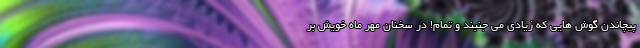
پیچاندن گوش هایی که زیادی می جنبند و تمام! در سخنان مهر ماه خویش بر